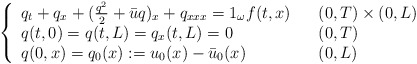
\begin{align*}\left\{\begin{array}[c]{lll}q_{t}+q_{x}+( \frac{q^2}{2} + \bar{u}q)_x +q_{xxx}=1_{\omega}f( t,x) & & ( 0,T) \times( 0,L)\\q( t,0) =q( t,L) =q_{x}( t,L) =0 & &( 0,T) \\q( 0,x) =q_{0}( x) :=u_{0}( x) -\bar{u}_{0}( x) & & ( 0,L) \end{array}\right. \end{align*}